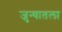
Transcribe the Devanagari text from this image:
जुन्यातला